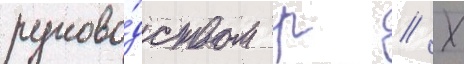
руково́дством р // Х